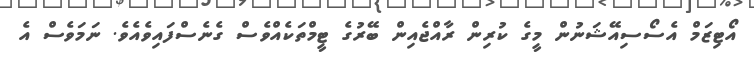
އޯޓިޒަމް އެސޯސިއޭޝަނުން މީގެ ކުރިން ރާއްޖެއިން ބޭރުގެ ޓީމްތަކެއްވެސް ގެނެސްފައިވެއެވެ. ނަމަވެސް އެ